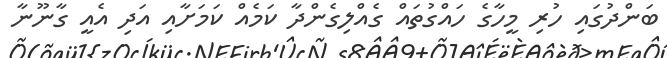
ބަންދުގައި ހުރި މީހާގެ ހައްގުތައް ގެއްލިގެންދާ ކަމެއް ކަމަށާއި އަދި އެއީ ގާނޫނާ